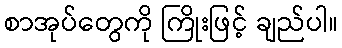
စာအုပ်တွေကို ကြိုးဖြင့် ချည်ပါ။